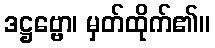
ဒဋ္ဌဗ္ဗော၊ မှတ်ထိုက်၏။